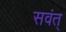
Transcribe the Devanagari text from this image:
सवंत्